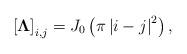
LaTeX: \begin{align*}\left[\mathbf{\Lambda}\right]_{i,j}=J_0\left(\pi\left|i-j\right|^2\right),\end{align*}